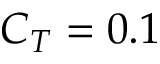
C _ { T } = 0 . 1